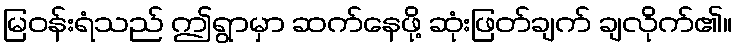
မြဝန်းရံသည် ဤရွာမှာ ဆက်နေဖို့ ဆုံးဖြတ်ချက် ချလိုက်၏။